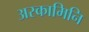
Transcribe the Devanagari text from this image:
अस्कामिनि